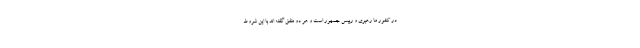
در کشور ما رهبری و رییس جمهور است و هر دو متفق گفته اند با این شروط